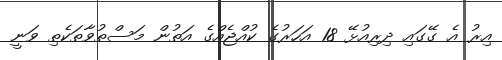
އިރު އެ ގޭގައި ދިރިއުޅޭ 18 އަހަރުގެ ކުއްޖެއްގެ އަތުން މަސްތުވާތަކެތި ވަނީ